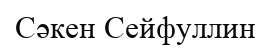
Сәкен Сейфуллин